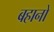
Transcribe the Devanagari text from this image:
बहानो